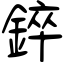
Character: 錊